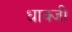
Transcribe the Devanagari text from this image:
धाक्जी